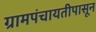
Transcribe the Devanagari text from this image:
ग्रामपंचायतीपासून